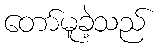
တော်မူခဲ့သည်